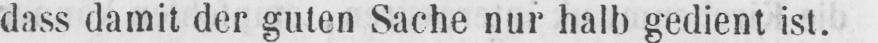
dass damit der guten Sache nur halb gedient ist.